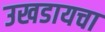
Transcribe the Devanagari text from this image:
उखडायचा